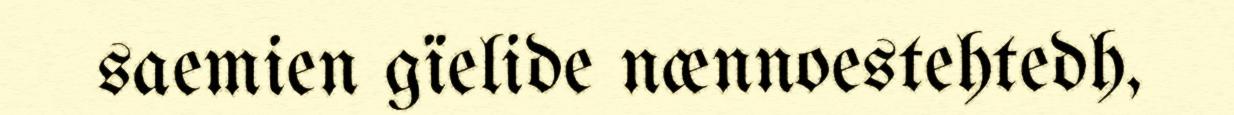
saemien gïelide nænnoestehtedh,